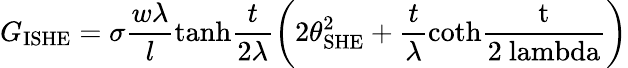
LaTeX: G_{\mathrm{ISHE}}=\sigma\frac{w\lambda}{l}\mathrm{tanh}\frac{t}{2\lambda}\left(2\theta_{\mathrm{SHE}}^{2}+\frac{t}{\lambda}\mathrm{coth\frac{t}{2\ lambda}}\right)